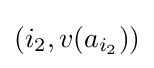
(i_{2},v(a_{i_{2}}))